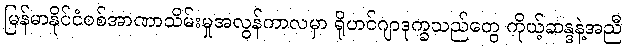
မြန်မာနိုင်ငံစစ်အာဏာသိမ်းမှုအလွန်ကာလမှာ ရိုဟင်ဂျာဒုက္ခသည်တွေ ကိုယ့်ဆန္ဒနဲ့အညီ